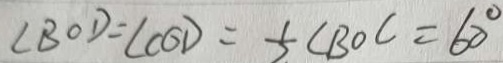
\angle B O D = \angle C O D = \frac { 1 } { 2 } \angle B O C = 6 0 ^ { \circ }